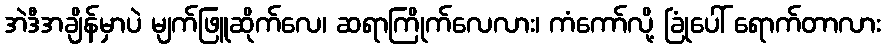
အဲဒီအချိန်မှာပဲ မျက်ဖြူဆိုက်လေ၊ ဆရာကြိုက်လေလား၊ ကံကော်လို့ ခြုံပေါ် ရောက်တာလား